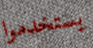
يستخدموا